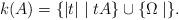
LaTeX: \begin{align*}k(A)=\{ |t|\mid tA\}\cup\{ \Omega\mid \}.\end{align*}